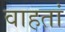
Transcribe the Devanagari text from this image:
वाहतां